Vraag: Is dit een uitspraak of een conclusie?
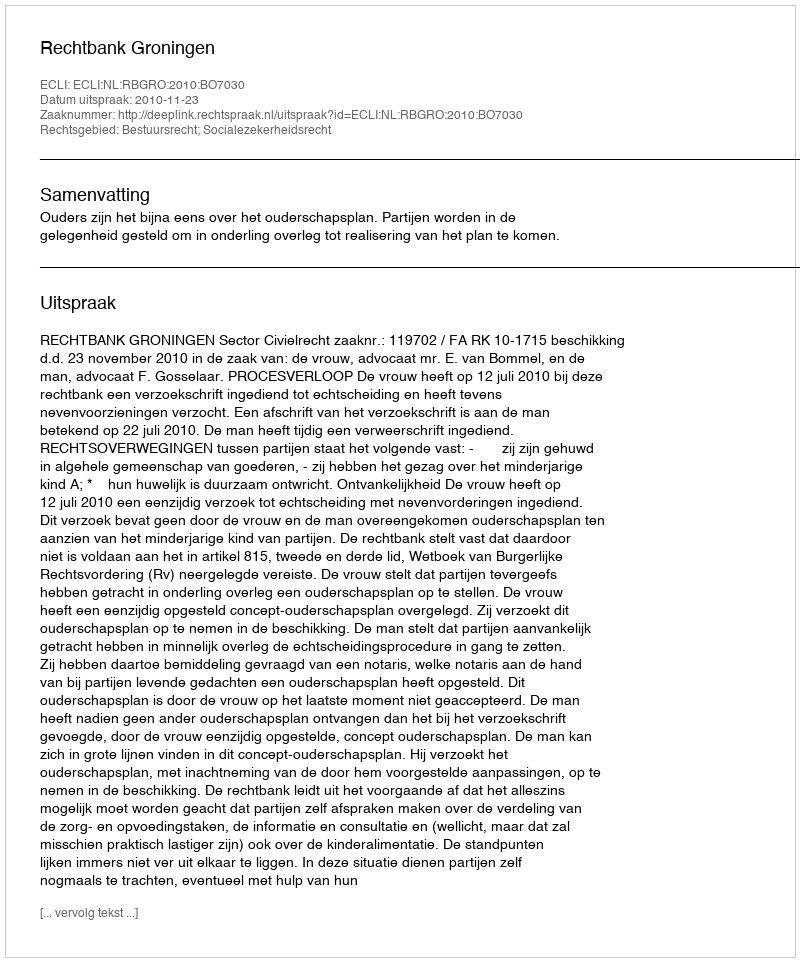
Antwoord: Uitspraak